Vaccination in Bombay 1856-1862 - 1856-1862
Year: 1856
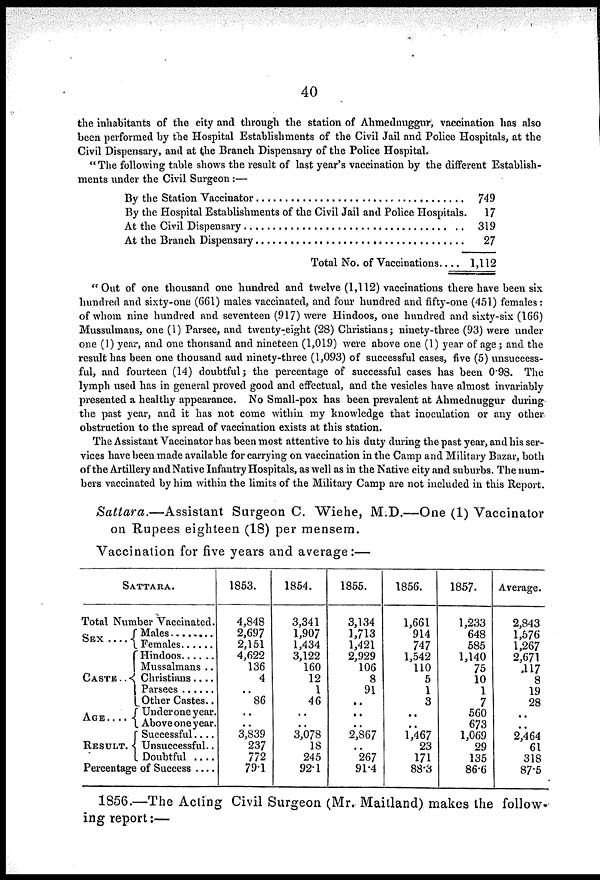
40
the inhabitants of the city and through the station of Ahmednuggur, vaccination has also
been performed by the Hospital Establishments of the Civil Jail and Police Hospitals, at the
Civil Dispensary, and at the Branch Dispensary of the Police Hospital.
" The following table shows the result of last year's vaccination by the different Establish-
ments under the Civil Surgeon:—
By the Station Vaccinator ....................................
By the Hospital Establishments of the Civil Jail and Police Hospitals.
At the Civil Dispensary ......................................
At the Branch Disensary ....................................
Total No. of Vaccinations....
749
17
319
27
1,112
"Out of one thousand one hundred and twelve (1,112) vaccinations there have been six
hundred and sixty-one (661) males vaccinated, and four hundred and fifty-one (451) females:
of whom nine hundred and seventeen (917) were Hindoos, one hundred and sixty-six (166)
Mussulmans, one (1) Parsee, and twenty-eight (28) Christians; ninety-three (93) were under
one (1) year, and one thousand and nineteen (1,019) were above one (1) year of age; and the
result has been one thousand and ninety-three (1,093) of successful cases, five (5) unsuccess-
ful, and fourteen (14) doubtful; the percentage of successful cases has been 0.98. The
lymph used has in general proved good and effectual, and the vesicles have almost invariably
presented a healthy appearance. No Small-pox has been prevalent at Ahmednuggur during¬
the past year, and it has not come within my knowledge that inoculation or any other
obstruction to the spread of vaccination exists at this station.
The Assistant Vaccinator has been most attentive to his duty during the past year, and his ser-
vices have been made available for carrying on vaccination in the Camp and Military Bazar, both
of the Artillery and Native Infantry Hospitals, as well as in the Native city and suburbs. The num-
bers vaccinated by him within the limits of the Military Camp are not included in this Report.
Sattara.—Assistant Surgeon C. Wiehe, M.D.—One (1) Vaccinator
on Rupees eighteen (18) per mensem.
Vaccination for five years and average:—
SATTARA.
Total Number Vaccinated.
SEX ....
CASTE..
AGE....
RESULT.
Males ........
Females ......
Hindoos ......
Mussalmans ..
Christians....
Parsees ......
Other Castes..
Under one year.
Above one year.
Successful....
Unsuccessful..
Doubtful ....
Percentage of Success ....
1853.
4,848
2,697
2,151
4,622
136
4
..
86
..
..
3,839
237
772
79.1
1854.
3,341
1,907
1,434
3,122
160
12
1
46
..
..
3,078
18
245
92.1
1855.
3,134
1,713
1,421
2,929
106
8
91
..
..
..
2,867
..
267
91.4
1856.
1,661
914
747
1,542
110 5
1
3
..
..
1,467
23
171
88.3
1857.
1,233
648
585
1,140
75
10
1
7
560
673
1,069
29
135
86.6
Average.
2,843
1,576
1,267
2,671
117
8
19
28
..
..
2,464
61
318
87.5
1856.—The Acting Civil Surgeon (Mr. Maitland) makes the follow-
ing report:—